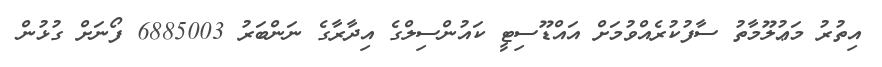
އިތުރު މަޢުލޫމާތު ސާފުކުރެއްވުމަށް އައްޑޫސިޓީ ކައުންސިލްގެ އިދާރާގެ ނަންބަރު 6885003 ފޯނަށް ގުޅުން